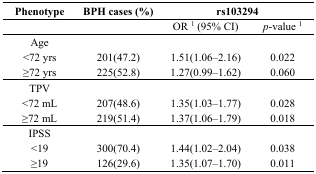
<table><thead><tr><td><b>Phenotype</b></td><td><b>BPH cases (%)</b></td><td colspan="2"><b>rs103294</b></td></tr><tr><td></td><td></td><td><b>OR 1 (95% CI)</b></td><td><b><i>p</i>-value 1</b></td></tr></thead><tbody><tr><td>Age</td><td></td><td></td><td></td></tr><tr><td>&lt;72 yrs</td><td>201(47.2)</td><td>1.51(1.06–2.16)</td><td>0.022</td></tr><tr><td>≥72 yrs</td><td>225(52.8)</td><td>1.27(0.99–1.62)</td><td>0.060</td></tr><tr><td>TPV</td><td></td><td></td><td></td></tr><tr><td>&lt;72 mL</td><td>207(48.6)</td><td>1.35(1.03–1.77)</td><td>0.028</td></tr><tr><td>≥72 mL</td><td>219(51.4)</td><td>1.37(1.06–1.79)</td><td>0.018</td></tr><tr><td>IPSS</td><td></td><td></td><td></td></tr><tr><td>&lt;19</td><td>300(70.4)</td><td>1.44(1.02–2.04)</td><td>0.038</td></tr><tr><td>≥19</td><td>126(29.6)</td><td>1.35(1.07–1.70)</td><td>0.011</td></tr></tbody></table>